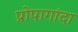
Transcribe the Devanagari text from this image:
प्रोपागांदा